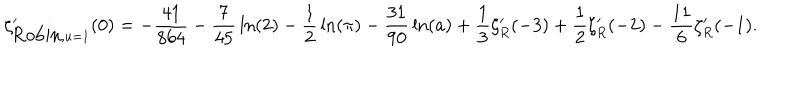
\zeta _ { { \mathrm { R o b i n } } , u = 1 } ^ { \prime } ( 0 ) = - { \frac { 4 1 } { 8 6 4 } } - { \frac { 7 } { 4 5 } } \ln ( 2 ) - { \frac { 1 } { 2 } } \ln ( \pi ) - { \frac { 3 1 } { 9 0 } } \ln ( a ) + { \frac { 1 } { 3 } } \zeta _ { R } ^ { \prime } ( - 3 ) + { \frac { 1 } { 2 } } \zeta _ { R } ^ { \prime } ( - 2 ) - { \frac { 1 1 } { 6 } } \zeta _ { R } ^ { \prime } ( - 1 ) .